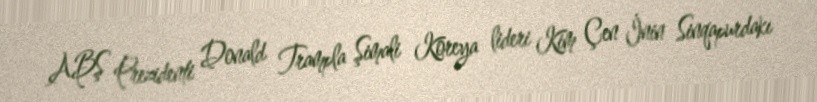
ABŞ Prezidenti Donald Trampla Şimali Koreya lideri Kim Çen İnin Sinqapurdakı